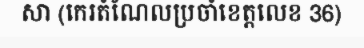
សា (កេរតំណែលប្រចាំខេត្តលេខ 36)